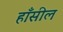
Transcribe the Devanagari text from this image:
हाँसील